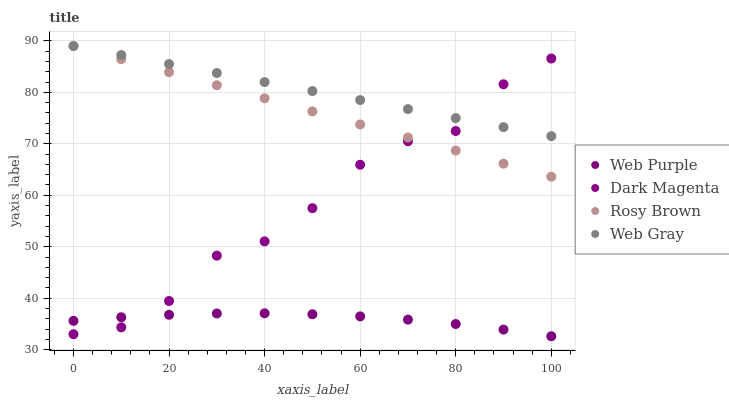
| xaxis_label | Web Purple | Dark Magenta | Rosy Brown | Web Gray |
 | --- | --- | --- | --- | --- |
 | 0 | 35.6 | 33 | 89 | 89 |
 | 10 | 36.3 | 34.4 | 86.5 | 87.2 |
 | 20 | 36.8 | 39.5 | 83.9 | 85.5 |
 | 30 | 37 | 48.3 | 81.4 | 83.7 |
 | 40 | 37.1 | 51 | 78.8 | 82 |
 | 50 | 36.9 | 57.5 | 76.3 | 80.2 |
 | 60 | 36.5 | 65.9 | 73.8 | 78.5 |
 | 70 | 35.8 | 70.5 | 71.2 | 76.7 |
 | 80 | 35 | 72.5 | 68.7 | 75 |
 | 90 | 33.9 | 81.6 | 66.1 | 73.2 |
 | 100 | 32.6 | 86.6 | 63.6 | 71.5 |